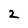
Character: 2